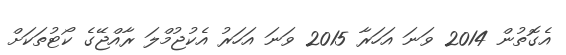
އެގޮތުން 2014 ވަނަ އަހަރާ 2015 ވަނަ އަހަރު އެކުޖުމްލަ ރާއްޖޭގެ ކޯޓުތަކަށް